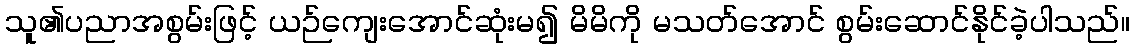
သူ၏ပညာအစွမ်းဖြင့် ယဉ်ကျေးအောင်ဆုံးမ၍ မိမိကို မသတ်အောင် စွမ်းဆောင်နိုင်ခဲ့ပါသည်။